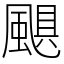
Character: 颶